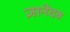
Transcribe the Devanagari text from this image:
ज्ञानेदव